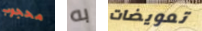
محجوب به تعويضات